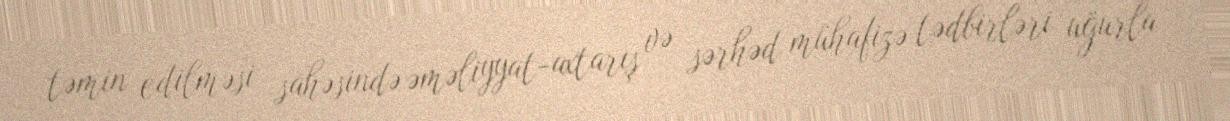
təmin edilməsi sahəsində əməliyyat-axtarış və sərhəd mühafizə tədbirləri uğurla